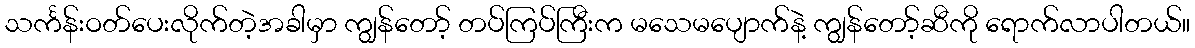
သင်္ကန်းဝတ်ပေးလိုက်တဲ့အခါမှာ ကျွန်တော့် တပ်ကြပ်ကြီးက မသေမပျောက်နဲ့ ကျွန်တော့်ဆီကို ရောက်လာပါတယ်။